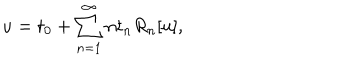
u = t _ { 0 } + \sum _ { n = 1 } ^ { \infty } n t _ { n } R _ { n } [ u ] ,